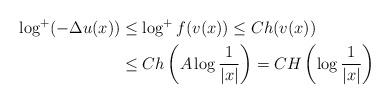
LaTeX: \begin{align*}\log^+(-\Delta u(x))&\le \log^+f(v(x))\le Ch(v(x))\\ &\le Ch\left(A\log\frac{1}{|x|}\right)=CH\left(\log\frac{1}{|x|}\right)\end{align*}